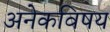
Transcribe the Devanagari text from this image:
अनेकविषय